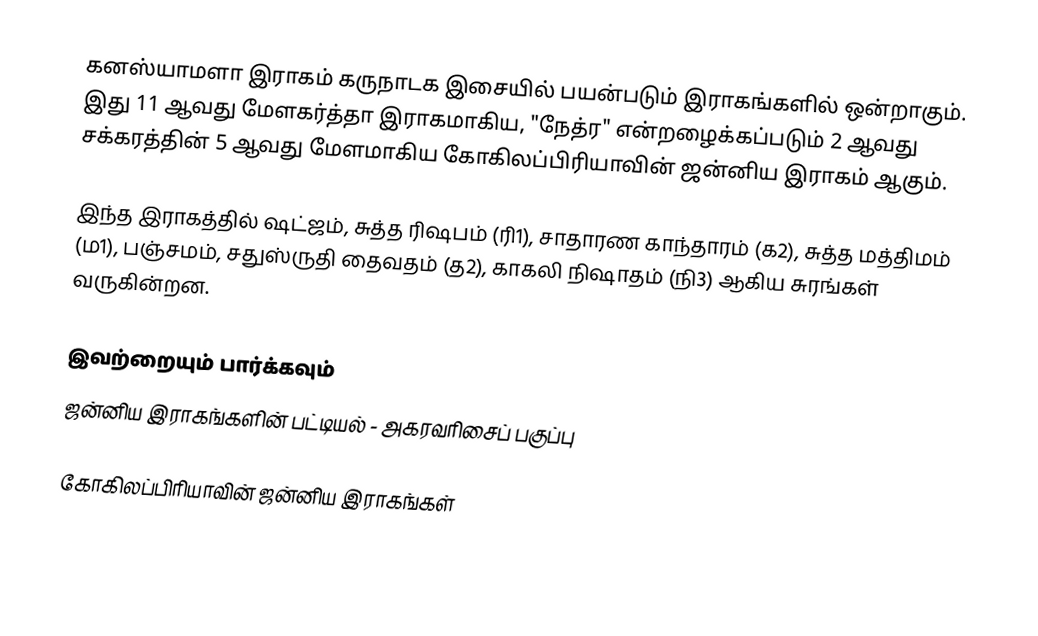
கனஸ்யாமளா இராகம் கருநாடக இசையில் பயன்படும் இராகங்களில் ஒன்றாகும். இது 11 ஆவது மேளகர்த்தா இராகமாகிய, "நேத்ர" என்றழைக்கப்படும் 2 ஆவது சக்கரத்தின் 5 ஆவது மேளமாகிய கோகிலப்பிரியாவின் ஜன்னிய இராகம் ஆகும்.

இந்த இராகத்தில் ஷட்ஜம், சுத்த ரிஷபம் (ரி1),  சாதாரண காந்தாரம் (க2), சுத்த மத்திமம் (ம1), பஞ்சமம்,  சதுஸ்ருதி தைவதம் (த2), காகலி நிஷாதம்  (நி3) ஆகிய சுரங்கள் வருகின்றன.

இவற்றையும் பார்க்கவும்
 ஜன்னிய இராகங்களின் பட்டியல் - அகரவரிசைப் பகுப்பு

கோகிலப்பிரியாவின் ஜன்னிய இராகங்கள்